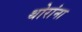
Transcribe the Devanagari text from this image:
थोरांना